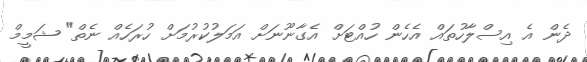
ދެން އެ އިސްލާހުތައް އެހެން ހުއްޓަށް އެގާނޫނަށް އަމަލުކުރުމަށް ހުރަހެއް ނެތް" ޝަމީމް